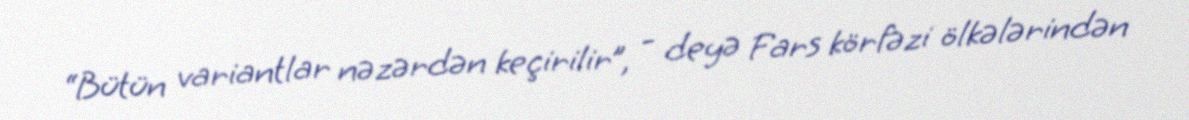
“Bütün variantlar nəzərdən keçirilir”, - deyə Fars körfəzi ölkələrindən